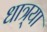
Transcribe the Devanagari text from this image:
धात्र्या